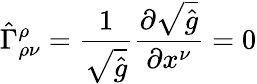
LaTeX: \hat{\Gamma}_{\rho\nu}^{\rho}=\frac{1}{\sqrt{\hat{g}}}\frac{\partial\sqrt{\hat{g}}}{\partial x^{\nu}}=0